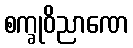
စက္ခုဝိညာဏေ